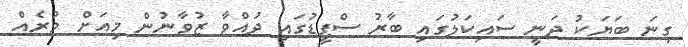
ގިނަ ބަޔަކު ދަނީ ސައިކަލުގައި ބާރު ސްޕީޑުގައި ދުއްވާ ޒުވާނުން މިއަށް ވުރެއް